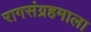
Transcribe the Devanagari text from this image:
रागसंग्रहमाला